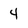
Character: 4